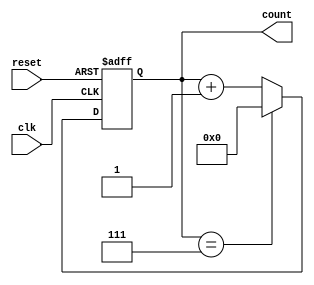
module mod_n_async_counter #(parameter N = 8) (
    input wire clk,          // Clock input
    input wire reset,        // Asynchronous reset
    output reg [N-1:0] count // Counter output
);

// Calculate the number of bits required to represent the count
localparam WIDTH = $clog2(N);

always @(posedge clk or posedge reset) begin
    if (reset) begin
        count <= 0; // Reset the counter to 0
    end else begin
        if (count == (N-1)) begin
            count <= 0; // Wrap around to 0
        end else begin
            count <= count + 1; // Increment the counter
        end
    end
end

endmodule